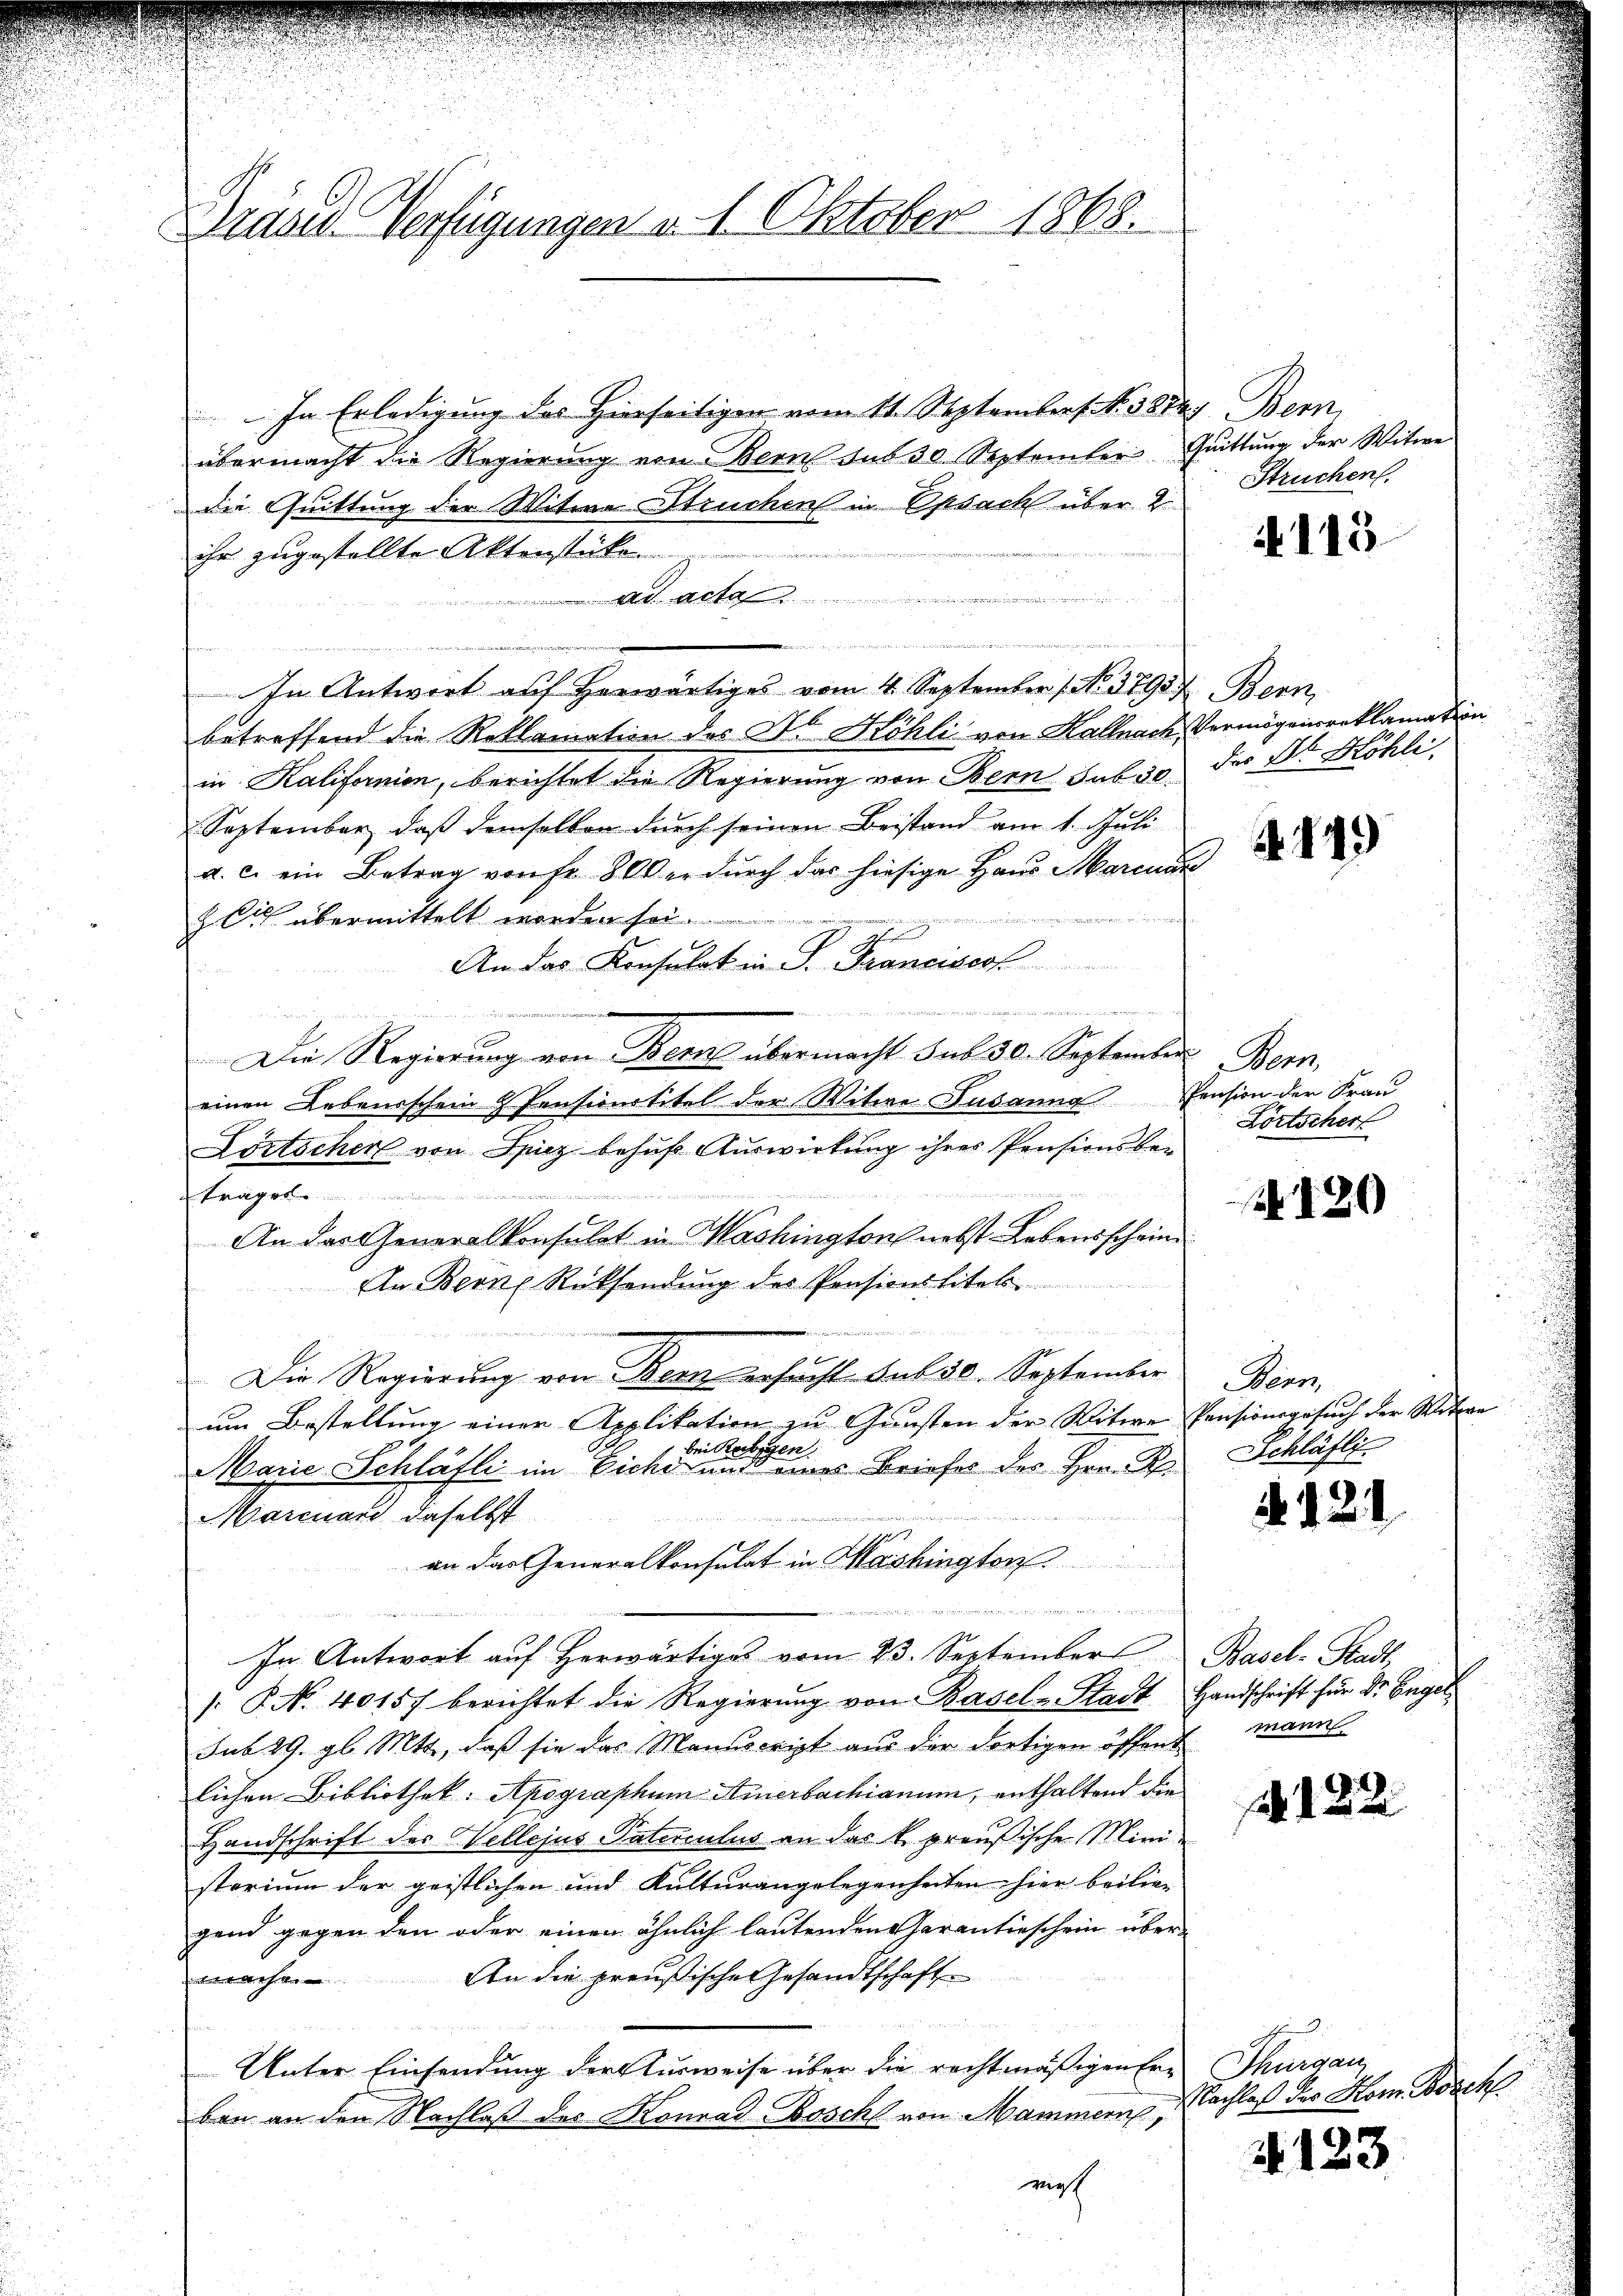
Gräses Verfügungen v. 1. Oktober 1868.

In Erledigung des Hierseitigen vom 11. September N. 388.
übermacht die Regierung von Bern sub 30 September Quittung der Witwe
die Quittung der Witwe Struchen in Opsach über 2
ihr zugestellte Aktenstücke
Ad Acta
In Antwort auf herwärtiges vom 4. September 1. No. 37937. Bern,
betreffend die Reklamation des No Köhli von Kalnach Vermögensreklamation
in Kalifornien, berichtet die Regierung von Bern sub 30 der Dr. Köhli
September, daß demselben durch seinen Beistand am 1. Juli
a. c. ein Betrag von fr. 800 er durch das hiesige Haus Marcuar
li übermittelt worden sei.
n
An das Konsulat in P. Francisos

Die Regierung von Berns übermacht sub 30. September Bern,
einen Lebensschein & Pensionstitel der Witwe Susanne
Lörtscher von Spiez behuf Auswirkung ihres Pensionsbe¬

träger
An das Generalkonsulat in Mashington nebst Lebensschein
An Berne Rücksendung des Pensionstitels
Die Regierung von Bern ersucht. sub 30. September
um Bestellung einer Applikation zu Gunsten der Witwe
bei Rebgen
Marie Schläfli im Eichi und eines Briefes des Hrn. R
Marcuard daselbst
an das Generalkonsulat in Mashington.

In Antwort auf Herwärtiges vom 23. September
: P. No. 40157 berichtet die Regierung von Basel-Stadt
sub 29. gl. Mtt., daß sie das Manscript aus der dortigen öffent mann
lichen Bibliothek: Apographum Amerbachianum, enthaltend die
Handschrift des Wellejus Paterculus an das k. preußische Ministerium der geistlichen und Kulturangelegenheiten hier beilien
gend gegen den oder einen ähnlich lautenden Garantieschein über
An die preußische Gesandtschaft
ntlehrer
Unter Einsendung der Ausweise über die rechtmäßigen Ern Thurgau
ban an den Nachlaß des Konrad Bosch von Mammern,

s
i

V. Bem
Struchen.

E

2113

449

Pension der Frau
Lörtschert

b. 120

Wenn
Pensionsgesuch der Ritte
Schläfli

N. 12.

Basel-Stadt,
Handschrift für Sr. Engel

14. 122

Nachlaß der Hom. Bosch

123